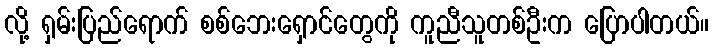
လို့ ရှမ်းပြည်ရောက် စစ်ဘေးရှောင်တွေကို ကူညီသူတစ်ဦးက ပြောပါတယ်။